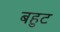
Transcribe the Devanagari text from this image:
बहुट